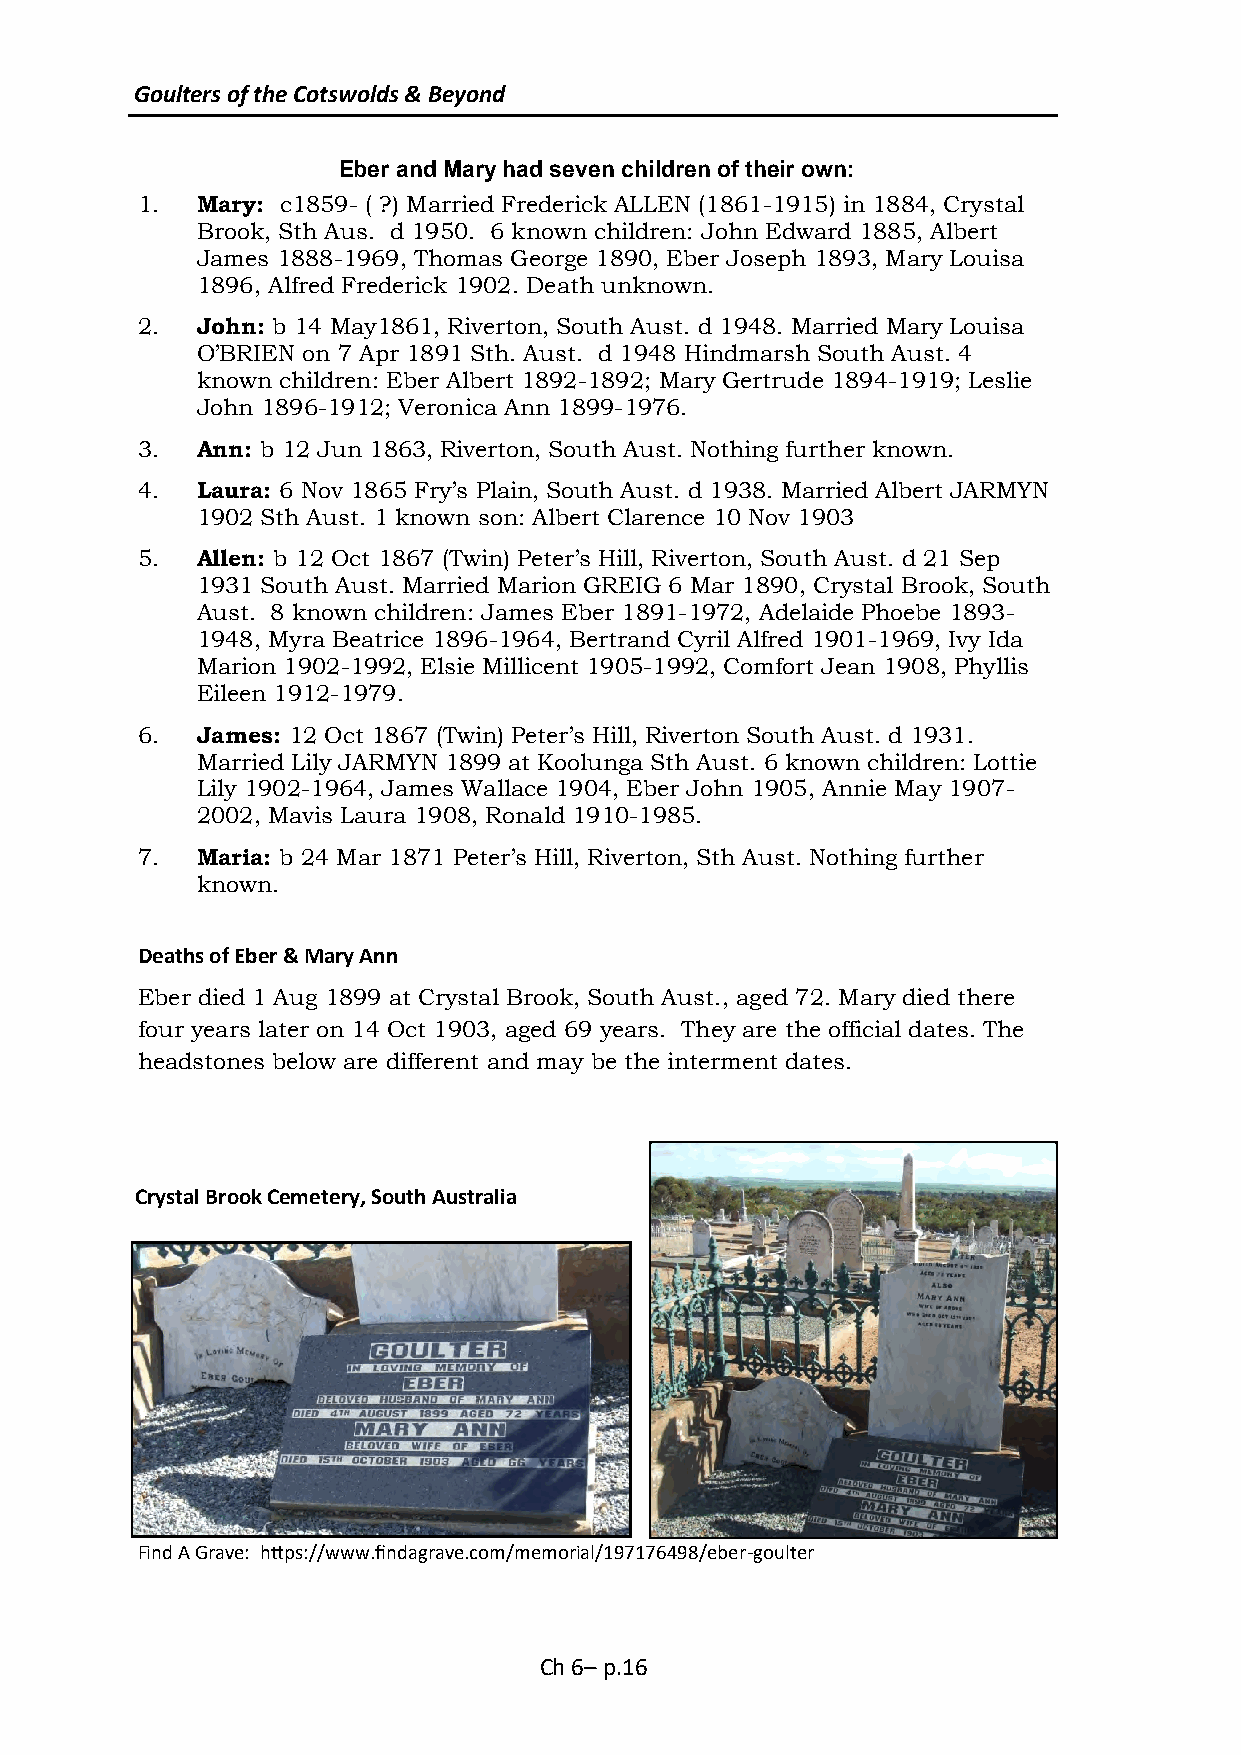
Goulters of the Cotswolds & Beyond
 Eber and Mary had seven children of their own:
 1.  Mary: c1859- ( ?) Married Frederick ALLEN (1861-1915) in 1884, Crystal
 Brook, Sth Aus. d 1950. 6 known children: John Edward 1885, Albert
 James 1888-1969, Thomas George 1890, Eber Joseph 1893, Mary Louisa
 1896, Alfred Frederick 1902. Death unknown.
 2.  John: b 14 May1861, Riverton, South Aust. d 1948. Married Mary Louisa
 O’BRIEN on 7 Apr 1891 Sth. Aust. d 1948 Hindmarsh South Aust. 4
 known children: Eber Albert 1892-1892; Mary Gertrude 1894-1919; Leslie
 John 1896-1912; Veronica Ann 1899-1976.
 3.  Ann: b 12 Jun 1863, Riverton, South Aust. Nothing further known.
 4.  Laura: 6 Nov 1865 Fry’s Plain, South Aust. d 1938. Married Albert JARMYN
 1902 Sth Aust. 1 known son: Albert Clarence 10 Nov 1903
 5.  Allen: b 12 Oct 1867 (Twin) Peter’s Hill, Riverton, South Aust. d 21 Sep
 1931 South Aust. Married Marion GREIG 6 Mar 1890, Crystal Brook, South
 Aust. 8 known children: James Eber 1891-1972, Adelaide Phoebe 1893-
 1948, Myra Beatrice 1896-1964, Bertrand Cyril Alfred 1901-1969, Ivy Ida
 Marion 1902-1992, Elsie Millicent 1905-1992, Comfort Jean 1908, Phyllis
 Eileen 1912-1979.
 6.  James: 12 Oct 1867 (Twin) Peter’s Hill, Riverton South Aust. d 1931.
 Married Lily JARMYN 1899 at Koolunga Sth Aust. 6 known children: Lottie
 Lily 1902-1964, James Wallace 1904, Eber John 1905, Annie May 1907-
 2002, Mavis Laura 1908, Ronald 1910-1985.
 7.  Maria: b 24 Mar 1871 Peter’s Hill, Riverton, Sth Aust. Nothing further
 known.
 Deaths of Eber & Mary Ann
 Eber died 1 Aug 1899 at Crystal Brook, South Aust., aged 72. Mary died there
 four years later on 14 Oct 1903, aged 69 years. They are the official dates. The
 headstones below are different and may be the interment dates.
 Crystal Brook Cemetery, South Australia
 Find A Grave: https://www.findagrave.com/memorial/197176498/eber-goulter
 Ch 6– p.16